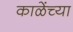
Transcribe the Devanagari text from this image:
काळेंच्या